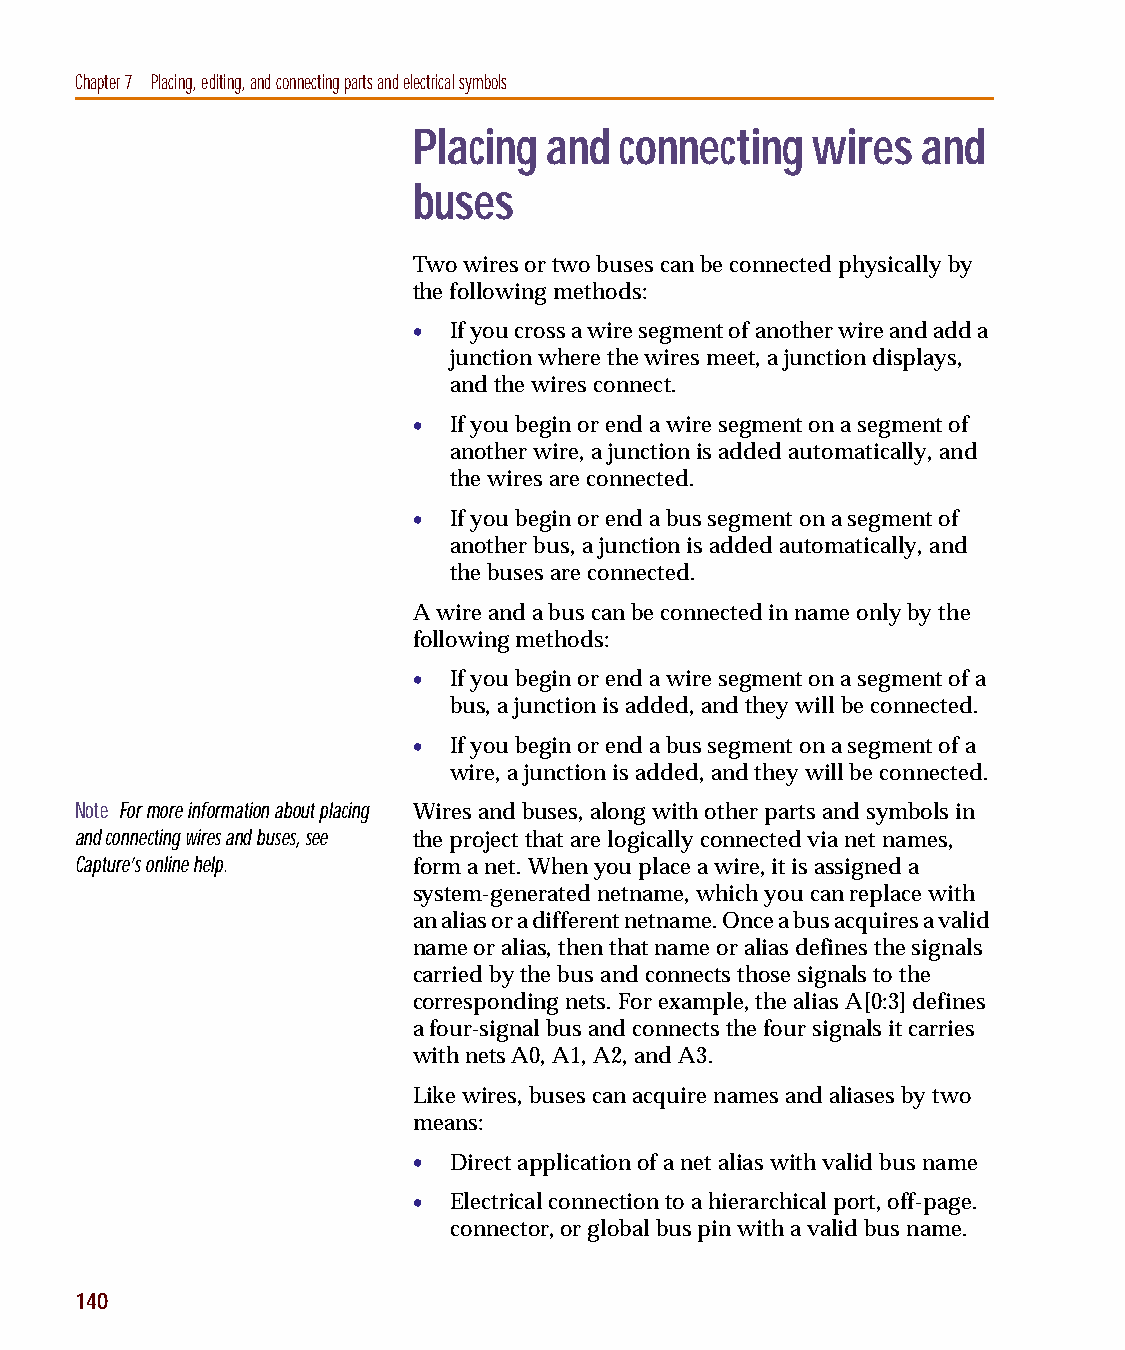
capug.book Page 140 Thursday, November 12, 1998 3:38 PM
 Chapter 7 Placing, editing, and connecting parts and electrical symbols
 Placing  and  connecting   wires  and
 buses
 Two wires or two buses can be connected physically by
 the following methods:
 •  If you cross a wire segment of another wire and add a
 junction where the wires meet, a junction displays,
 and the wires connect.
 •  If you begin or end a wire segment on a segment of
 another wire, a junction is added automatically, and
 the wires are connected.
 •  If you begin or end a bus segment on a segment of
 another bus, a junction is added automatically, and
 the buses are connected.
 A wire and a bus can be connected in name only by the
 following methods:
 •  If you begin or end a wire segment on a segment of a
 bus, a junction is added, and they will be connected.
 •  If you begin or end a bus segment on a segment of a
 wire, a junction is added, and they will be connected.
 Note For more information about placing Wires and buses, along with other parts and symbols in
 and connecting wires and buses, see the project that are logically connected via net names,
 Capture’s online help. form a net. When you place a wire, it is assigned a
 system-generated netname, which you can replace with
 an alias or a different netname. Once a bus acquires a valid
 name or alias, then that name or alias defines the signals
 carried by the bus and connects those signals to the
 corresponding nets. For example, the alias A[0:3] defines
 a four-signal bus and connects the four signals it carries
 with nets A0, A1, A2, and A3.
 Like wires, buses can acquire names and aliases by two
 means:
 •  Direct application of a net alias with valid bus name
 •  Electrical connection to a hierarchical port, off-page.
 connector, or global bus pin with a valid bus name.
 140